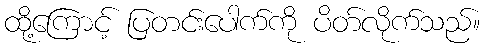
ထို့ကြောင့် ပြတင်းပေါက်ကို ပိတ်လိုက်သည်။